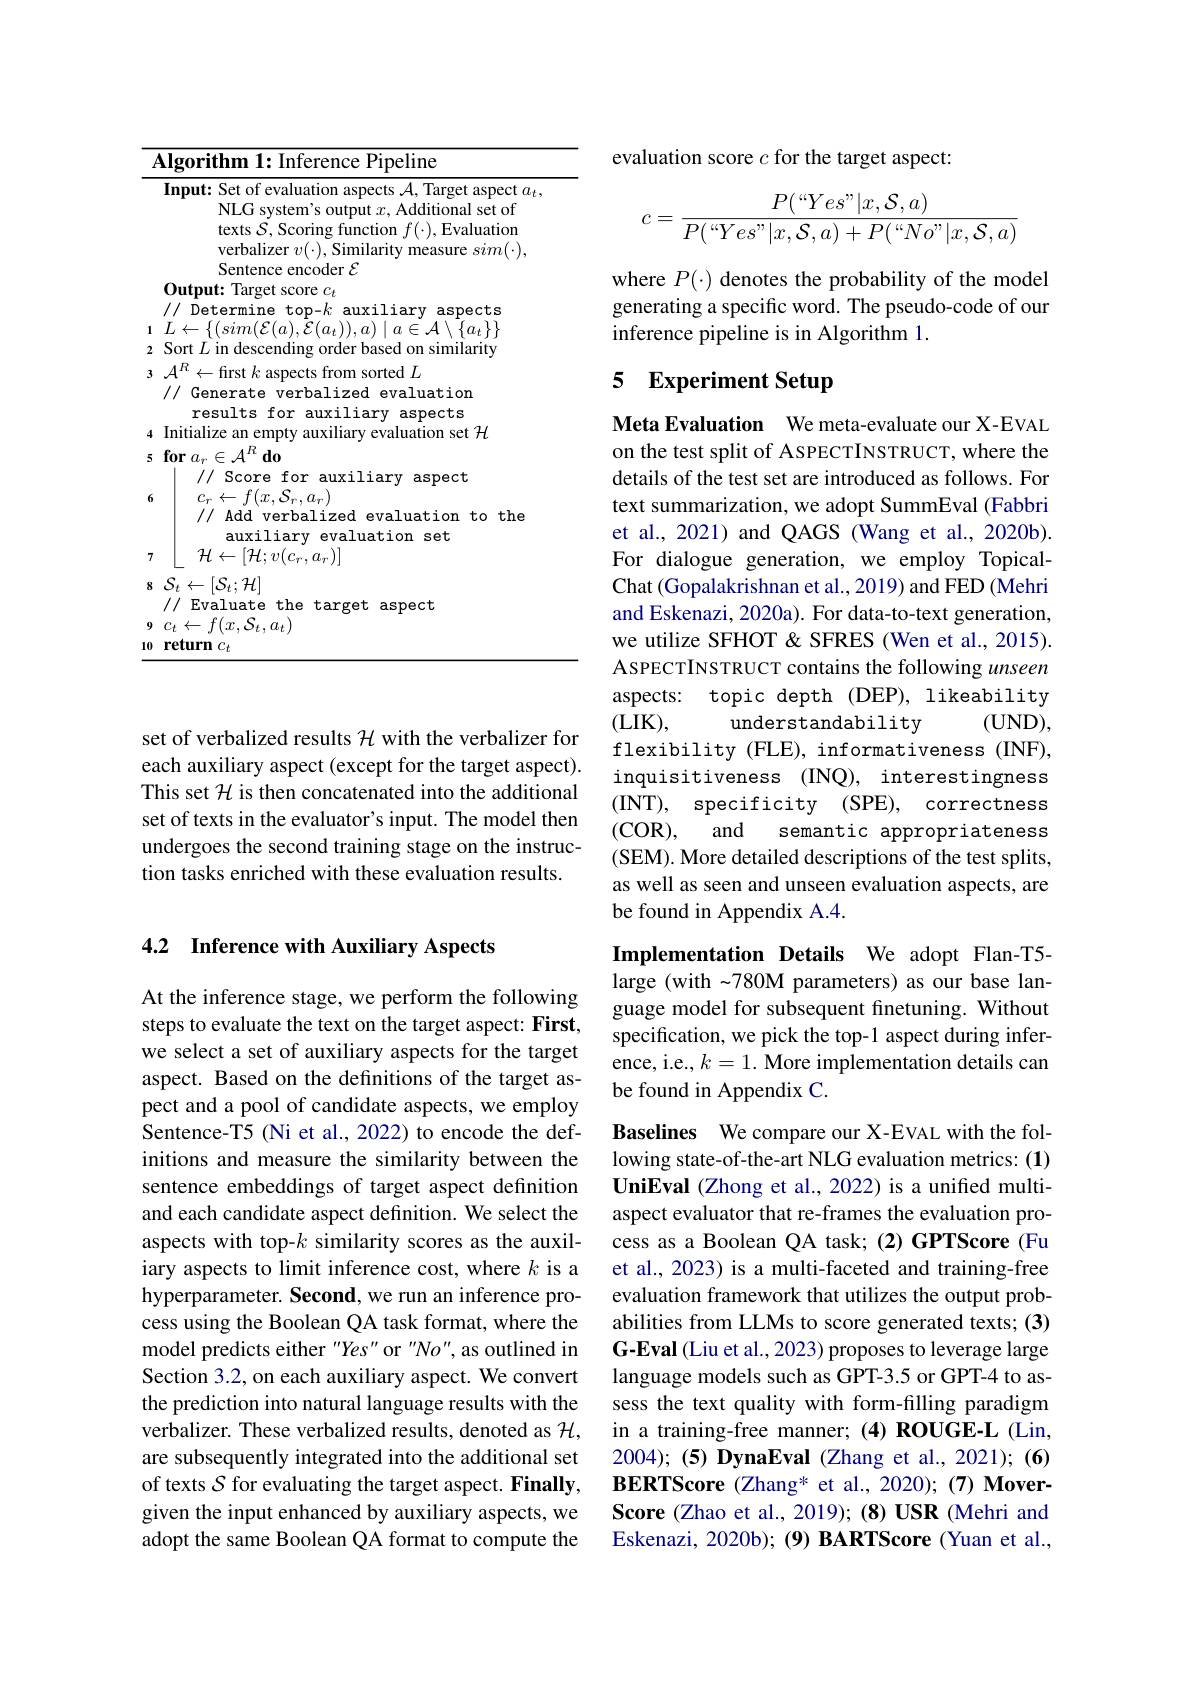
<table>
	<tbody>
		<tr>
			<td>$\int f$ T</td>
			<td>$\textbf{lgorithm 1: Inference Pipeline}$</td>
		</tr>
		<tr>
			<td> </td>
			<td>Input: Set of evaluation aspects $\mathcal{A}$, Target aspect $a_t$, NLG system's output $x$,Additional set of texts $\mathcal{S}$, Scoring function $f(\cdot)$,Evaluation verbalizer $v(\cdot)$, Similarity measure $sim(\cdot)$, $\mathbf{c}_{\mathrm{Pnte}}$ ce encoder $\varepsilon$</td>
		</tr>
		<tr>
			<td>3</td>
			<td>${\mathcal{A}}^{R}\leftarrow$frst $k$ aspects from sorted $L$ // Generate verbalized evaluation</td>
		</tr>
		<tr>
			<td>3</td>
			<td>$\leftarrow$first $k$ aspects from sorted $L$ Generate verbalized evaluation 1//1</td>
		</tr>
		<tr>
			<td>5</td>
			<td>$\textbf{for}a_{r}\in \mathcal{A} ^{R}\textbf{do}$</td>
		</tr>
		<tr>
			<td>6</td>
			<td>Score for auxiliary aspect $c_{r}\leftarrow f(x,\mathcal{S}_{r},a_{r})$ // Add verbalized evaluation to the</td>
		</tr>
		<tr>
			<td>7</td>
			<td>// Add verbalized evaluation to the auxiliary evaluation set ${\mathcal H}\leftarrow[{\mathcal H};v(c_{r},a_{r})]$</td>
		</tr>
		<tr>
			<td>8 9 10</td>
			<td>${\mathcal S}_{t}\leftarrow[{\mathcal S}_{t};{\mathcal H}]$ // Evaluate the target aspect $c_{t}\leftarrow f(x,\mathcal{S}_{t},a_{t})$ return $c_t$</td>
		</tr>
	</tbody>
</table>

set of verbalized results $\mathcal{H}$ with the verbalizer for each auxiliary aspect (except for the target aspect). This set $\mathcal{H}$ is then concatenated into the additional set of texts in the evaluator's input. The model then undergoes the second training stage on the instruction tasks enriched with these evaluation results.

## 4.2 Inference with Auxiliary Aspects

At the inference stage, we perform the following steps to evaluate the text on the target aspect: First, we select a set of auxiliary aspects for the target aspect. Based on the definitions of the target aspect and a pool of candidate aspects, we employ Sentence-T5 (Ni et al., 2022) to encode the definitions and measure the similarity between the sentence embeddings of target aspect definition and each candidate aspect definition. We select the aspects with top-$k$ similarity scores as the auxiliary aspects to limit inference cost, where $k$ is a hyperparameter. Second, we run an inference process using the Boolean QA task format, where the model predicts either "Yes" or "No", as outlined in Section 3.2, on each auxiliary aspect. We convert the prediction into natural language results with the verbalizer. These verbalized results, denoted as $\mathcal{H}$, are subsequently integrated into the additional set of texts $S$ for evaluating the target aspect. Finally, given the input enhanced by auxiliary aspects, we adopt the same Boolean QA format to compute the

evaluation score $c$ for the target aspect:
$$c=\frac{P(“Yes”|x,\mathcal{S},a)}{P(“Yes”|x,\mathcal{S},a)+P(“No”|x,\mathcal{S},a)}$$
where $P(\cdot)$ denotes the probability of the model generating a specific word. The pseudo-code of our inference pipeline is in Algorithm 1.

## 5 Experiment Setup

Meta Evaluation We meta-evaluate our X-EVAL on the test split of ASPECTINSTRUCT, where the details of the test set are introduced as follows. For text summarization, we adopt SummEval (Fabbri et al., 2021) and QAGS (Wang et al., 2020b). For dialogue generation, we employ TopicalChat (Gopalakrishnan et al., 2019) and FED (Mehri and Eskenazi, 2020a). For data-to-text generation, we utilize SFHOT & SFRES (Wen et al., 2015). ASPECTINSTRUCT contains the following unseen aspects: topic depth (DEP), likeability (LIK),
$(UND)$,
understandability
flexibility (FLE), informativeness (INF), inquisitiveness (INQ), interestingness (INT), specificity (SPE), correctness (COR),
and
semantic appropriateness
(SEM). More detailed descriptions of the test splits, as well as seen and unseen evaluation aspects, are be found in Appendix A.4.

Implementation Details We adopt Flan-T5-

large (with -780M parameters) as our base language model for subsequent finetuning. Without specification, we pick the top-1 aspect during inference, i.e., $k=1.$ More implementation details can be found in Appendix C.

Baselines We compare our X-EVAL with the following state-of-the-art NLG evaluation metrics: (1) UniEval (Zhong et al., 2022) is a unified multiaspect evaluator that re-frames the evaluation process as a Boolean QA task; (2) GPTScore (Fu et al., 2023) is a multi-faceted and training-free evaluation framework that utilizes the output probabilities from LLMs to score generated texts; (3) G-Eval (Liu et al., 2023) proposes to leverage large language models such as GPT-3.5 or GPT-4 to assess the text quality with form-filling paradigm in a training-free manner; (4) ROUGE-L (Lin, 2004); (5) DynaEval (Zhang et al., 2021); (6) BERTScore (Zhang* et al., 2020); (7) MoverScore (Zhao et al., 2019); (8) USR (Mehri and Eskenazi, 2020b); (9) BARTScore (Yuan et al.,